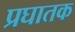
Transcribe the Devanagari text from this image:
प्रघातक